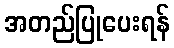
အတည်ပြုပေးရန်